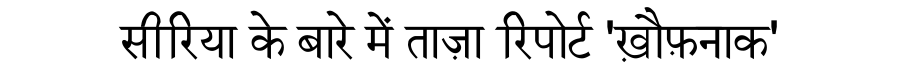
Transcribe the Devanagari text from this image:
सीरिया के बारे में ताज़ा रिपोर्ट 'ख़ौफ़नाक'